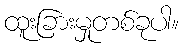
ထူးခြားမှုတစ်ခုပါ။